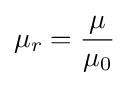
\mu _{r}={\frac {\mu }{\mu _{0}}}